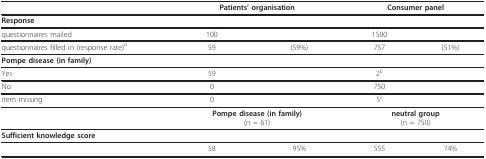
<table><thead><tr><td></td><td colspan="2"><b>Patients&#x27; organisation</b></td><td colspan="2"><b>Consumer panel</b></td></tr></thead><tbody><tr><td><b>Response</b></td><td></td><td></td><td></td><td></td></tr><tr><td>questionnaires mailed</td><td>100</td><td></td><td>1500</td><td></td></tr><tr><td>questionnaires filled in (response rate)<i><sup>a</sup></i></td><td>59</td><td>(59%)</td><td>757</td><td>(51%)</td></tr><tr><td><b>Pompe disease (in family)</b></td><td></td><td></td><td></td><td></td></tr><tr><td>Yes</td><td>59</td><td></td><td>2<i><sup>b</sup></i></td><td></td></tr><tr><td>No</td><td>0</td><td></td><td>750</td><td></td></tr><tr><td>item missing</td><td>0</td><td></td><td>5<i><sup>c</sup></i></td><td></td></tr><tr><td></td><td colspan="2"><b>Pompe disease (in family)</b>(n = 61)</td><td colspan="2"><b>neutral group</b>(n = 750)</td></tr><tr><td><b>Sufficient knowledge score</b></td><td></td><td></td><td></td><td></td></tr><tr><td></td><td>58</td><td>95%</td><td>555</td><td>74%</td></tr></tbody></table>